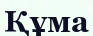
Құма